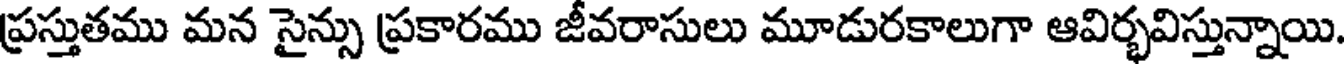
ప్రస్తుతము మన సైన్సు ప్రకారము జీవరాసులు మూడురకాలుగా ఆవిర్భవిస్తున్నాయి.